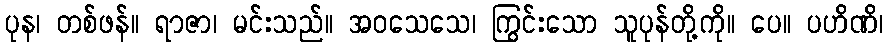
ပုန၊ တစ်ဖန်။ ရာဇာ၊ မင်းသည်။ အဝသေသေ၊ ကြွင်းသော သူပုန်တို့ကို။ ပေ။ ပဟိဏိ၊